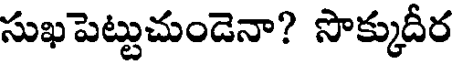
సుఖపెట్టుచుండెనా? సొక్కుదీర